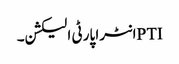
PTIانٹرا پارٹی الیکشن۔